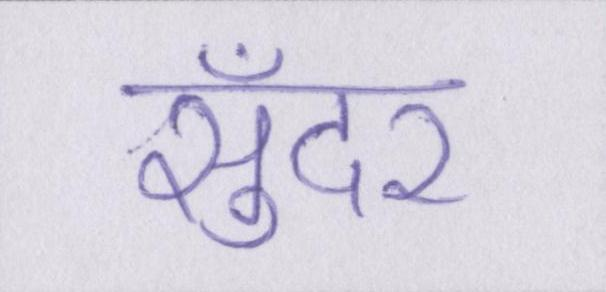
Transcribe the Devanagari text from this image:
सुँदर